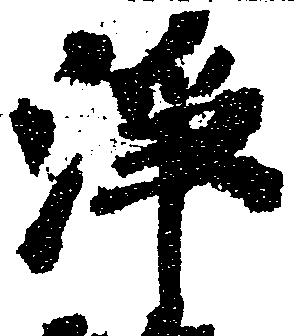
浄